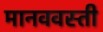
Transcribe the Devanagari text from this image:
मानववस्ती